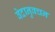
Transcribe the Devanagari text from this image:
वेदानुवचन